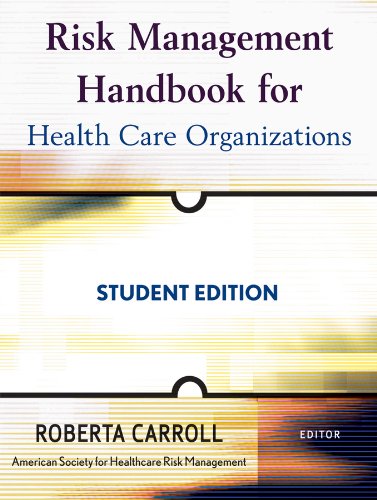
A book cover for Risk Management Handbook for Health Care Organizations; American Society for Healthcare Risk Management (ASHRM); Medical Books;